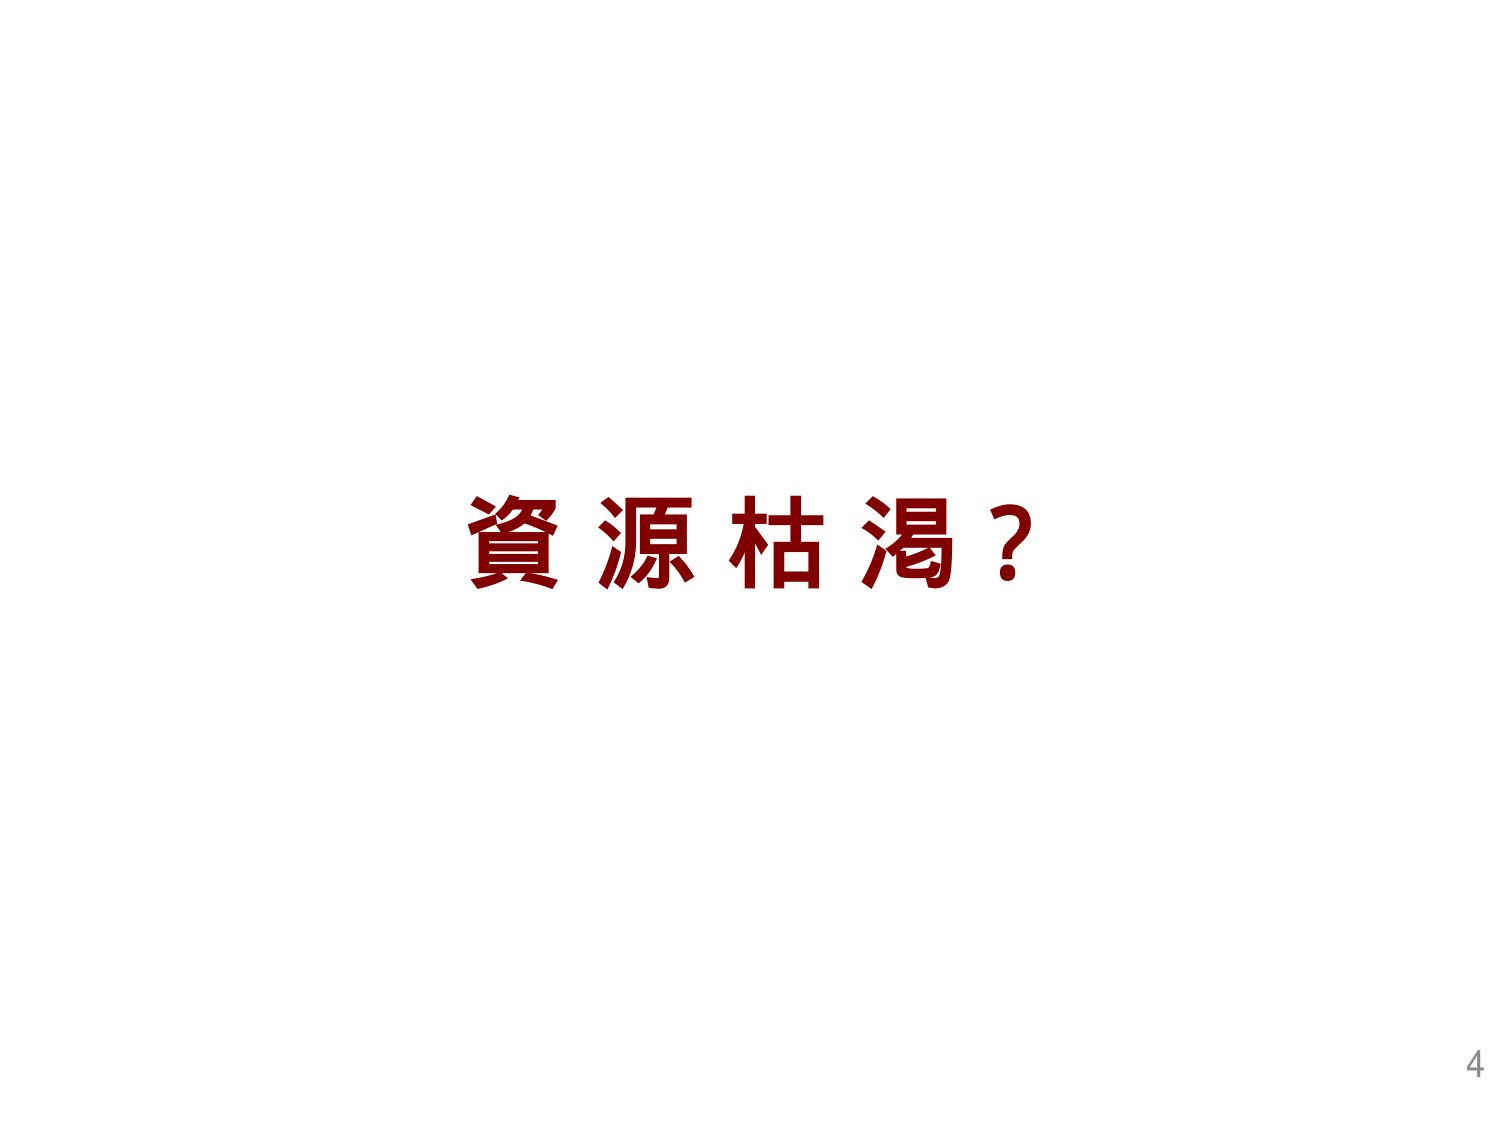
資源枯渇？
4